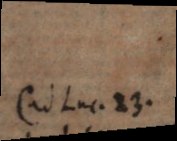
(ad Luc. 23.